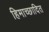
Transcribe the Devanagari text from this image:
हिमाच्‍छादित